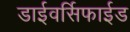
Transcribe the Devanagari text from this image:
डाईवर्सिफाईड